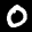
Label: 0